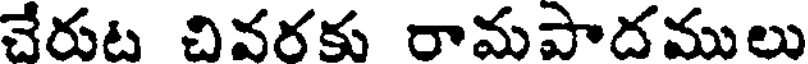
చేరుట చివరకు రామపాదములు